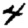
Digit: 4